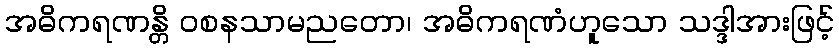
အဓိကရဏန္တိ ဝစနသာမညတော၊ အဓိကရဏံဟူသော သဒ္ဒါအားဖြင့်